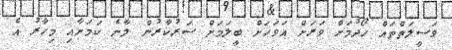
ވަސީލަތްތައް ހޯދުމަށް ވަރަށް އަވަހަށް ބީލަމަށް ސަރުކާރުން ލާނެ ކަމަށާއި މިހާރު އެ